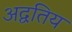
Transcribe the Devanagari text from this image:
अद्वतिय